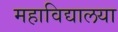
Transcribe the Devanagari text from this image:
महाविद्यालया